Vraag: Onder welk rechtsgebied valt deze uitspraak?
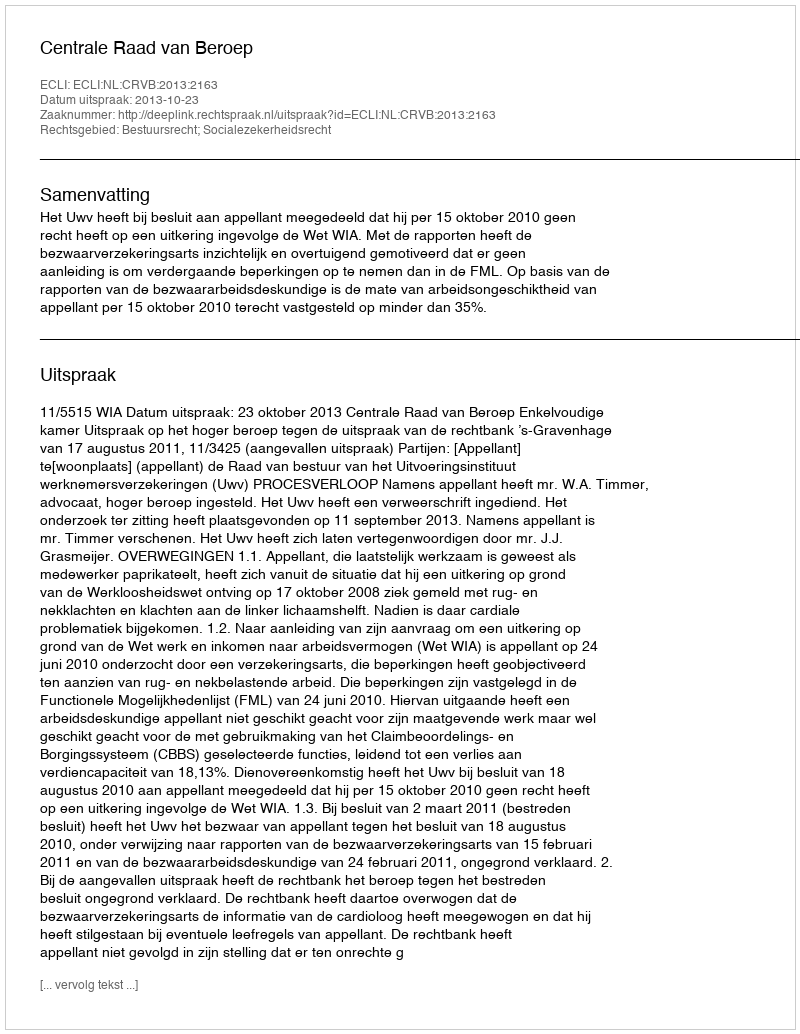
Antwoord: Bestuursrecht; Socialezekerheidsrecht